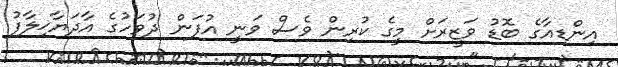
އިންޑިއާގެ ބޮޑު ވަޒީރަށް މީގެ ކުރިން ވެސް ވަނީ އުފަން ދުވަހުގެ އާދަޔާޚިލާފު